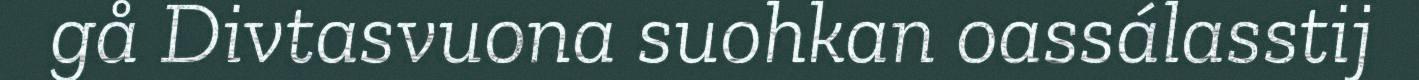
gå Divtasvuona suohkan oassálasstij